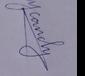
Signature authenticity: genuine